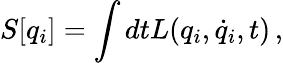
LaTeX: S[q_{i}]=\int dtL(q_{i},\dot{q}_{i},t)\, ,